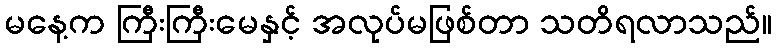
မနေ့က ကြီးကြီးမေနှင့် အလုပ်မဖြစ်တာ သတိရလာသည်။